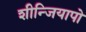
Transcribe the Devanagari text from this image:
शीन्जियापो